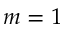
m = 1